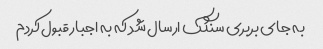
به جای بربری سنگک ارسال شد که به اجبار قبول کردم